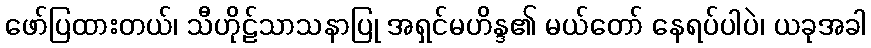
ဖော်ပြထားတယ်၊ သီဟိုဠ်သာသနာပြု အရှင်မဟိန္ဒ၏ မယ်တော် နေရပ်ပါပဲ၊ ယခုအခါ